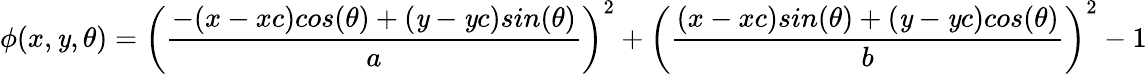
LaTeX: \phi(x,\mathit{y},\theta)=\left(\frac{{-(x-xc)cos(\theta)+(\mathit{y}-\mathit{y}c)sin(\theta)}}{{a}}\right)^{2}+\left(\frac{{(x-xc)sin(\theta)+(\mathit{y}-\mathit{y}c)cos(\theta)}}{{b}}\right)^{2}-1